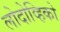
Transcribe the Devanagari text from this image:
लोदोव्हिको